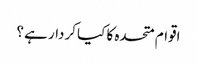
اقوام متحدہ کا کیا کردار ہے ؟